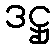
ဒဋ္ဌု